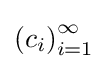
\left(c_{i}\right)_{i=1}^{\infty }